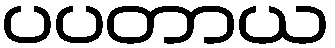
ပပတာယ